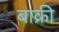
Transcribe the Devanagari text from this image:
बाक्री